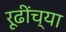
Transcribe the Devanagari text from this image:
रूढींच्या